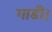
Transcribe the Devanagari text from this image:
गाडी।